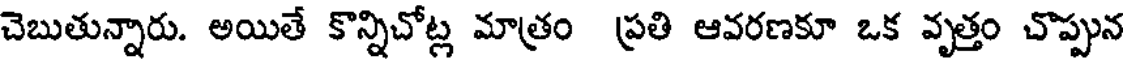
చెబుతున్నారు. అయితే కొన్నిచోట్ల మాత్రం ప్రతి ఆవరణకూ ఒక వృత్తం చొప్పున